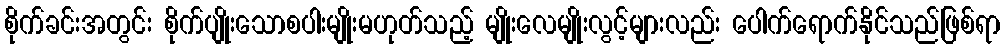
စိုက်ခင်းအတွင်း စိုက်ပျိုးသောစပါးမျိုးမဟုတ်သည့် မျိုးလေမျိုးလွင့်များလည်း ပေါက်ရောက်နိုင်သည်ဖြစ်ရာ